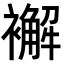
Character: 𧞊